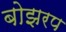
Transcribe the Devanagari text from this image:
बोझरप